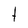
Character: t